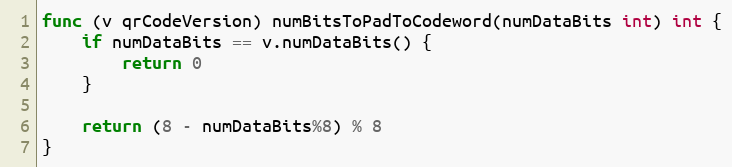
Language: Go
func (v qrCodeVersion) numBitsToPadToCodeword(numDataBits int) int {
	if numDataBits == v.numDataBits() {
		return 0
	}

	return (8 - numDataBits%8) % 8
}